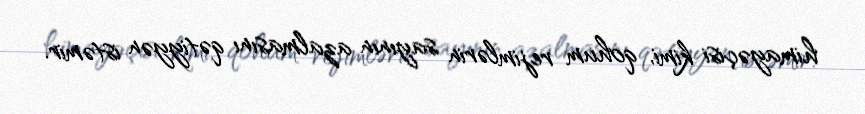
himayəçisi kimi, qohum rejimlərin sayının azalmasını qətiyyən istəmir.